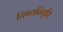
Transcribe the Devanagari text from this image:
विषयनिवृति